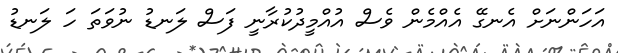
އަހަންނަށް އެނގޭ އެއްމެން ވެސް އުއްމީދުކުރާނީ ފަސް ލަނޑު ނުވަތަ ހަ ލަނޑު